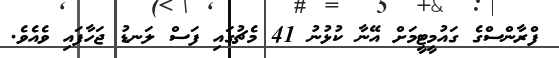
ފްރާންސްގެ ގައުމީޓީމަށް އޭނާ ކުޅުނު 41 މެޗުގައި ފަސް ލަނޑު ޖަހާފައި ވެއެވެ.